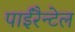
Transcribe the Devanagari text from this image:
पाईरैन्टेल